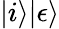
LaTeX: |i\rangle|\epsilon\rangle